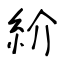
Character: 紒